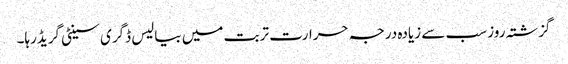
گزشتہ روز سب سے زیادہ درجہ حرارت تربت میں بیالیس ڈگری سینٹی گریڈرہا۔